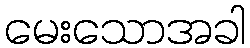
မေးသောအခါ